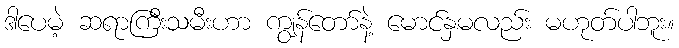
ဒါပေမဲ့ ဆရာကြီးသမီးဟာ ကျွန်တော်နဲ့ မောင်နှမလည်း မဟုတ်ပါဘူး။